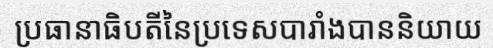
ប្រធានាធិបតីនៃប្រទេសបារាំងបាននិយាយ